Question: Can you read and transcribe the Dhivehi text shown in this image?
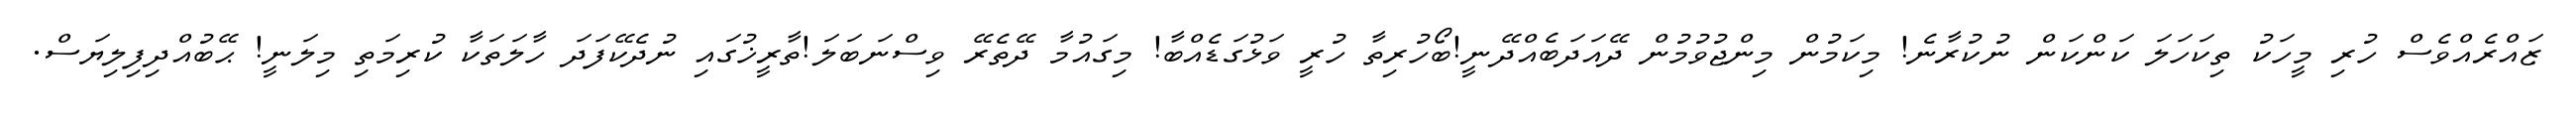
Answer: ޒައްރެއްވެސް ހުރި މީހަކު ތިކަހަލަ ކަންކަން ނުކުރާނެ! މިކަމުން މިންޖުވުމުން ދޭއަދަބެއްދޭނީ!ބޯހުރިތާ ހުރީ ވަޅުގަޑެއްބާ! މިގައުމާ ދޭތެރޭ ވިސްނަބަލަ!ތާރީޚުގައި ނުދެކޭފަދަ ހާލަތަކާ ކުރިމަތި މިލަނީ! ޙޭބުއްދިފިލިޔަސް.